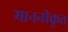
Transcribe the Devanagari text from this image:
माननीकृत